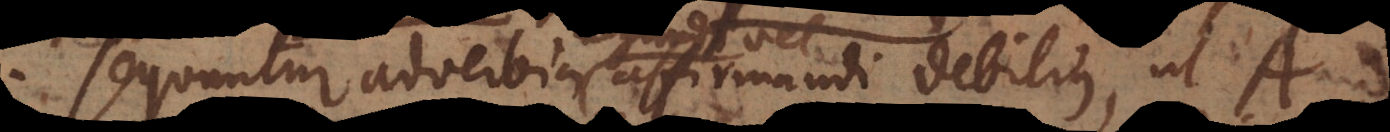
Sequuntur adverbia affirmandi debilius, ut A